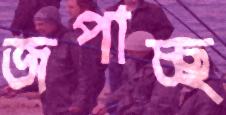
জপাচ্ছ